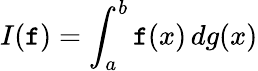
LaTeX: I(\mathtt{f})=\int_{a}^{b}\mathtt{f}(x)\, dg(x)